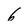
Character: 6